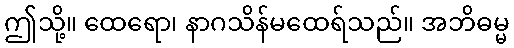
ဤသို့။ ထေရော၊ နာဂသိန်မထေရ်သည်။ အဘိဓမ္မ